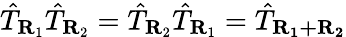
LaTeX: {\hat{T}}_{\mathbf{R}_{1}}{\hat{T}}_{\mathbf{R}_{2}}={\hat{T}}_{\mathbf{R}_{2}}{\hat{T}}_{\mathbf{R}_{1}}={\hat{T}}_{\mathbf{R_{1}+R_{2}}}